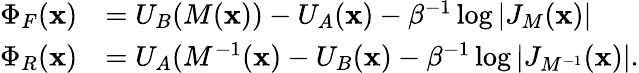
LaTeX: \begin{array}{rl}{\Phi_{F}(\mathbf{x})}&{=U_{B}(M(\mathbf{x}))-U_{A}(\mathbf{x})-\beta^{-1}\log{\left|{J_{M}(\mathbf{x})}\right|}}\\ {\Phi_{R}(\mathbf{x})}&{=U_{A}(M^{-1}(\mathbf{x})-U_{B}(\mathbf{x})-\beta^{-1}\log{\left|{J_{M^{-1}}(\mathbf{x})}\right|}.}\end{array}